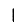
Digit: 1